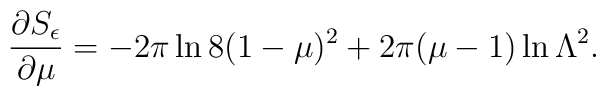
\frac{\partial S_\epsilon}{\partial \mu} = -2\pi \ln8(1-\mu)^2 + 2\pi(\mu-1)\ln\Lambda^2.